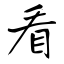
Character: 看